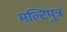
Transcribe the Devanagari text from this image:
मल्टिपुत्र